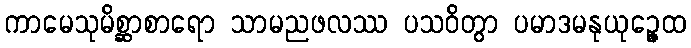
ကာမေသုမိစ္ဆာစာရော သာမညဖလဿ ပသဝိတွာ ပမာဒမနုယုဉ္ဇေထ